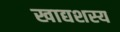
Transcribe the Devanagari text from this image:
खाद्यशस्य